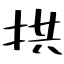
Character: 拱